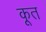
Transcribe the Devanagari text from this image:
कूत